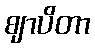
ဈာပိတာ